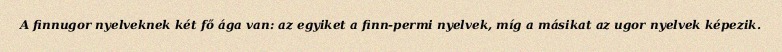
A finnugor nyelveknek két fő ága van: az egyiket a finn-permi nyelvek, míg a másikat az ugor nyelvek képezik.